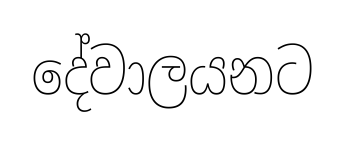
දේවාලයනට